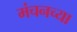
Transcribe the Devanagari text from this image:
मंचनच्या